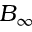
B _ { \infty }